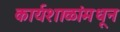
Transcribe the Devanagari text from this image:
कार्यशाळांमधून